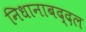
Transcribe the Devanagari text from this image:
निधानाबद्दल